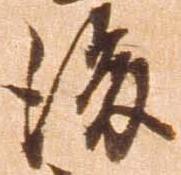
後